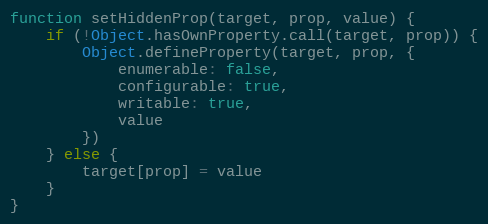
Language: JavaScript
function setHiddenProp(target, prop, value) {
    if (!Object.hasOwnProperty.call(target, prop)) {
        Object.defineProperty(target, prop, {
            enumerable: false,
            configurable: true,
            writable: true,
            value
        })
    } else {
        target[prop] = value
    }
}